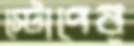
স্টোপের